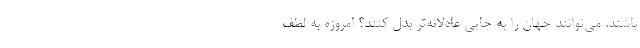
باشند، می‌توانند جهان را به جایی عادلانه‌تر بدل کنند؟ امروزه به لطف